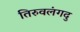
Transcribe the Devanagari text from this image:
तिरुवलंगदु